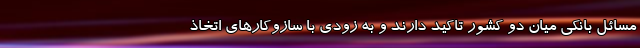
مسائل بانکی میان دو کشور تاکید دارند و به زودی با سازوکارهای اتخاذ